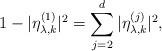
LaTeX: \begin{align*}1 - |\eta_{\lambda,k}^{(1)}|^{2} = \sum_{j=2}^{d} |\eta_{\lambda,k}^{(j)}|^{2}, \end{align*}